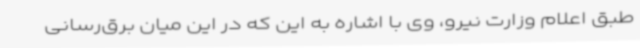
طبق اعلام وزارت نیرو، وی با اشاره به این که در این میان برق‌رسانی